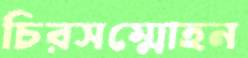
চিরসম্মোহন